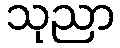
သုညာ